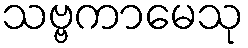
သဗ္ဗကာမေသု